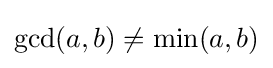
\gcd(a,b)\neq \min(a,b)